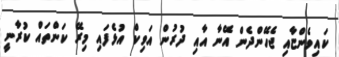
ކައިވެންޏާއި ޖެހޭންދެން އޭނާ އާއި ދުރުން އަވިކް އުޅެފައި މިރޭ ކަންތައް ކުރާނީ